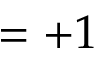
= + 1